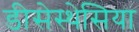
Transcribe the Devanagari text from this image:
डीसेस्थेसिया